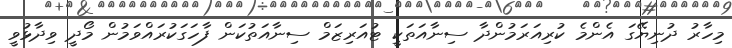
މިހާރު ދުނިޔޭގަ އެންމެ ކުރިއަރަމުންދާ ސިނާއަތަކީ ޓުއަރިޒަމް ސިނާއަތުކަން ފާހަގަކުރައްވަމުން މޯދީ ވިދާޅުވީ